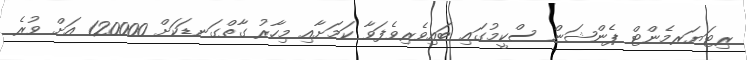
ރިޓަޔަރމެންޓް ޕެންޝަން ސްކީމުގައި ބައިވެރިވެފަވާ ކަމަށާއި މިހާރު ގާތްގަނޑަކަށް 120000 އަށް ވުރެ